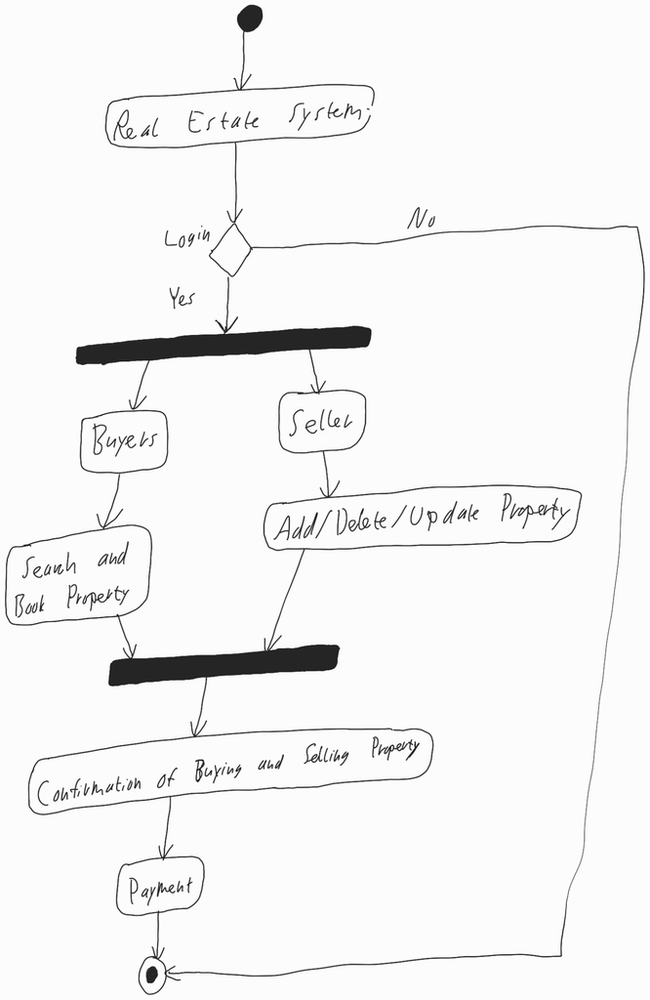
Diagram type: activity_diagram
```plantuml
@startuml

start

:Real Estate System;

if (Login) then (Yes)
  fork
    :Buyers;
    :Search and Book Property;
  fork again
    :Seller;
    :Add/Delete/Update Property;
  end fork
  :Confirmation of Buying and Selling Property;
  :Payment;
else (No)
endif

stop

@enduml
```